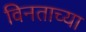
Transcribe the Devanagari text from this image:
विनताच्या